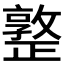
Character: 𣦤